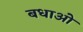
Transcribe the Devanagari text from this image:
बधाओ